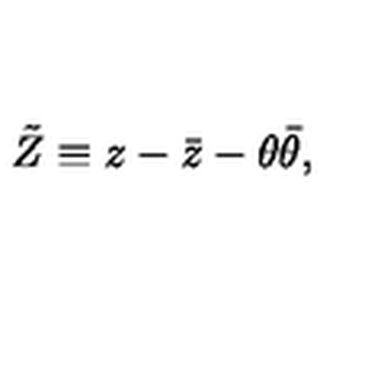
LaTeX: \tilde { Z } \equiv z - \bar { z } - \theta \bar { \theta } ,